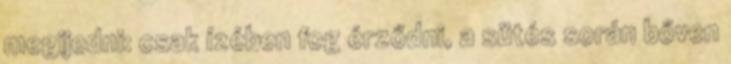
megijedni: csak ízében fog érződni, a sütés során bőven